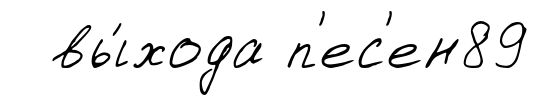
вы́хода п'ес'ен89